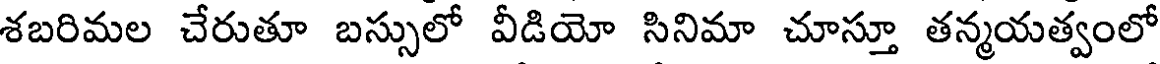
శబరిమల చేరుతూ బస్సులో వీడియో సినిమా చూస్తూ తన్మయత్వంలో